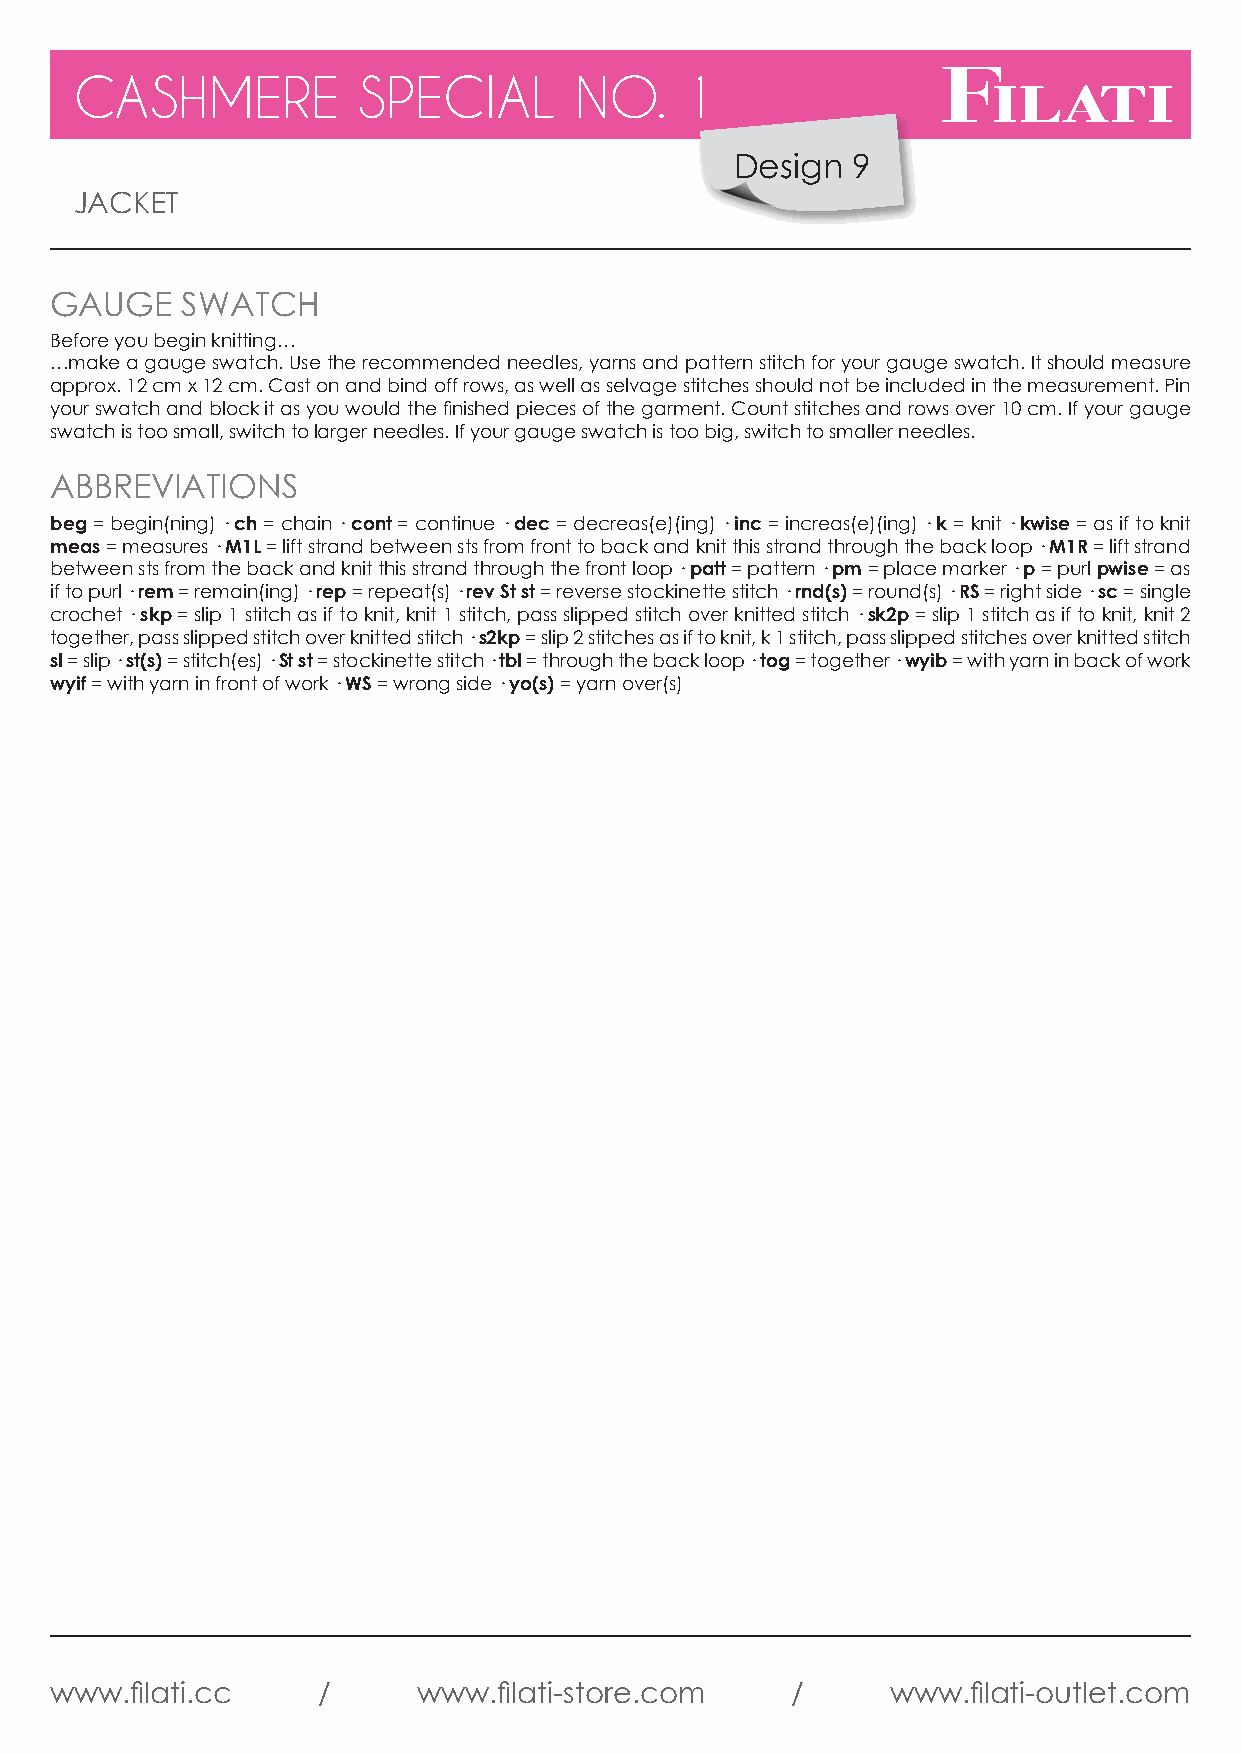
CCAASSHHMMEERREE   SSPPEECCIIAALL NNOO.. 11
 DDeessiiggnn 19
 JJAACCKKEETT
 GAUGE    SWATCH
 Before you begin knitting…
 …make a gauge swatch. Use the recommended needles, yarns and pattern stitch for your gauge swatch. It should measure
 approx. 12 cm x 12 cm. Cast on and bind off rows, as well as selvage stitches should not be included in the measurement. Pin
 your swatch and block it as you would the finished pieces of the garment. Count stitches and rows over 10 cm. If your gauge
 swatch is too small, switch to larger needles. If your gauge swatch is too big, switch to smaller needles.
 ABBREVIATIONS
 beg = begin(ning) · ch = chain · cont = continue · dec = decreas(e)(ing) · inc = increas(e)(ing) · k = knit · kwise = as if to knit
 meas = measures · M1L = lift strand between sts from front to back and knit this strand through the back loop · M1R = lift strand
 between sts from the back and knit this strand through the front loop · patt = pattern · pm = place marker · p = purl pwise = as
 if to purl · rem = remain(ing) · rep = repeat(s) · rev St st = reverse stockinette stitch · rnd(s) = round(s) · RS = right side · sc = single
 crochet · skp = slip 1 stitch as if to knit, knit 1 stitch, pass slipped stitch over knitted stitch · sk2p = slip 1 stitch as if to knit, knit 2
 together, pass slipped stitch over knitted stitch · s2kp = slip 2 stitches as if to knit, k 1 stitch, pass slipped stitches over knitted stitch
 sl = slip · st(s) = stitch(es) · St st = stockinette stitch · tbl = through the back loop · tog = together · wyib = with yarn in back of work
 wyif = with yarn in front of work · WS = wrong side · yo(s) = yarn over(s)
 www.filati.cc     /      www.filati-store.com    /      www.filati-outlet.com